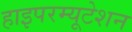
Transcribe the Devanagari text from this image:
हाइपरम्यूटेशन